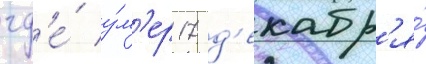
гд'е́ у́м'ер 17 д'екабр'я́